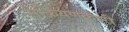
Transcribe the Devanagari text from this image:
सक्रियणकारी